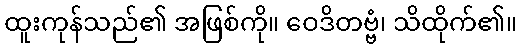
ထူးကုန်သည်၏ အဖြစ်ကို။ ဝေဒိတဗ္ဗံ၊ သိထိုက်၏။